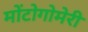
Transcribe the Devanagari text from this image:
मोंटोगोमेरी